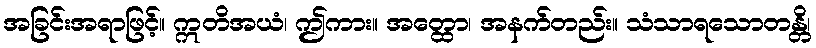
အခြင်းအရာဖြင့်။ ဣတိအယံ၊ ဤကား။ အတ္ထော၊ အနက်တည်း။ သံသာရသောတန္တိ၊